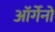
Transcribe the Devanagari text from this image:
ऑर्गेनो